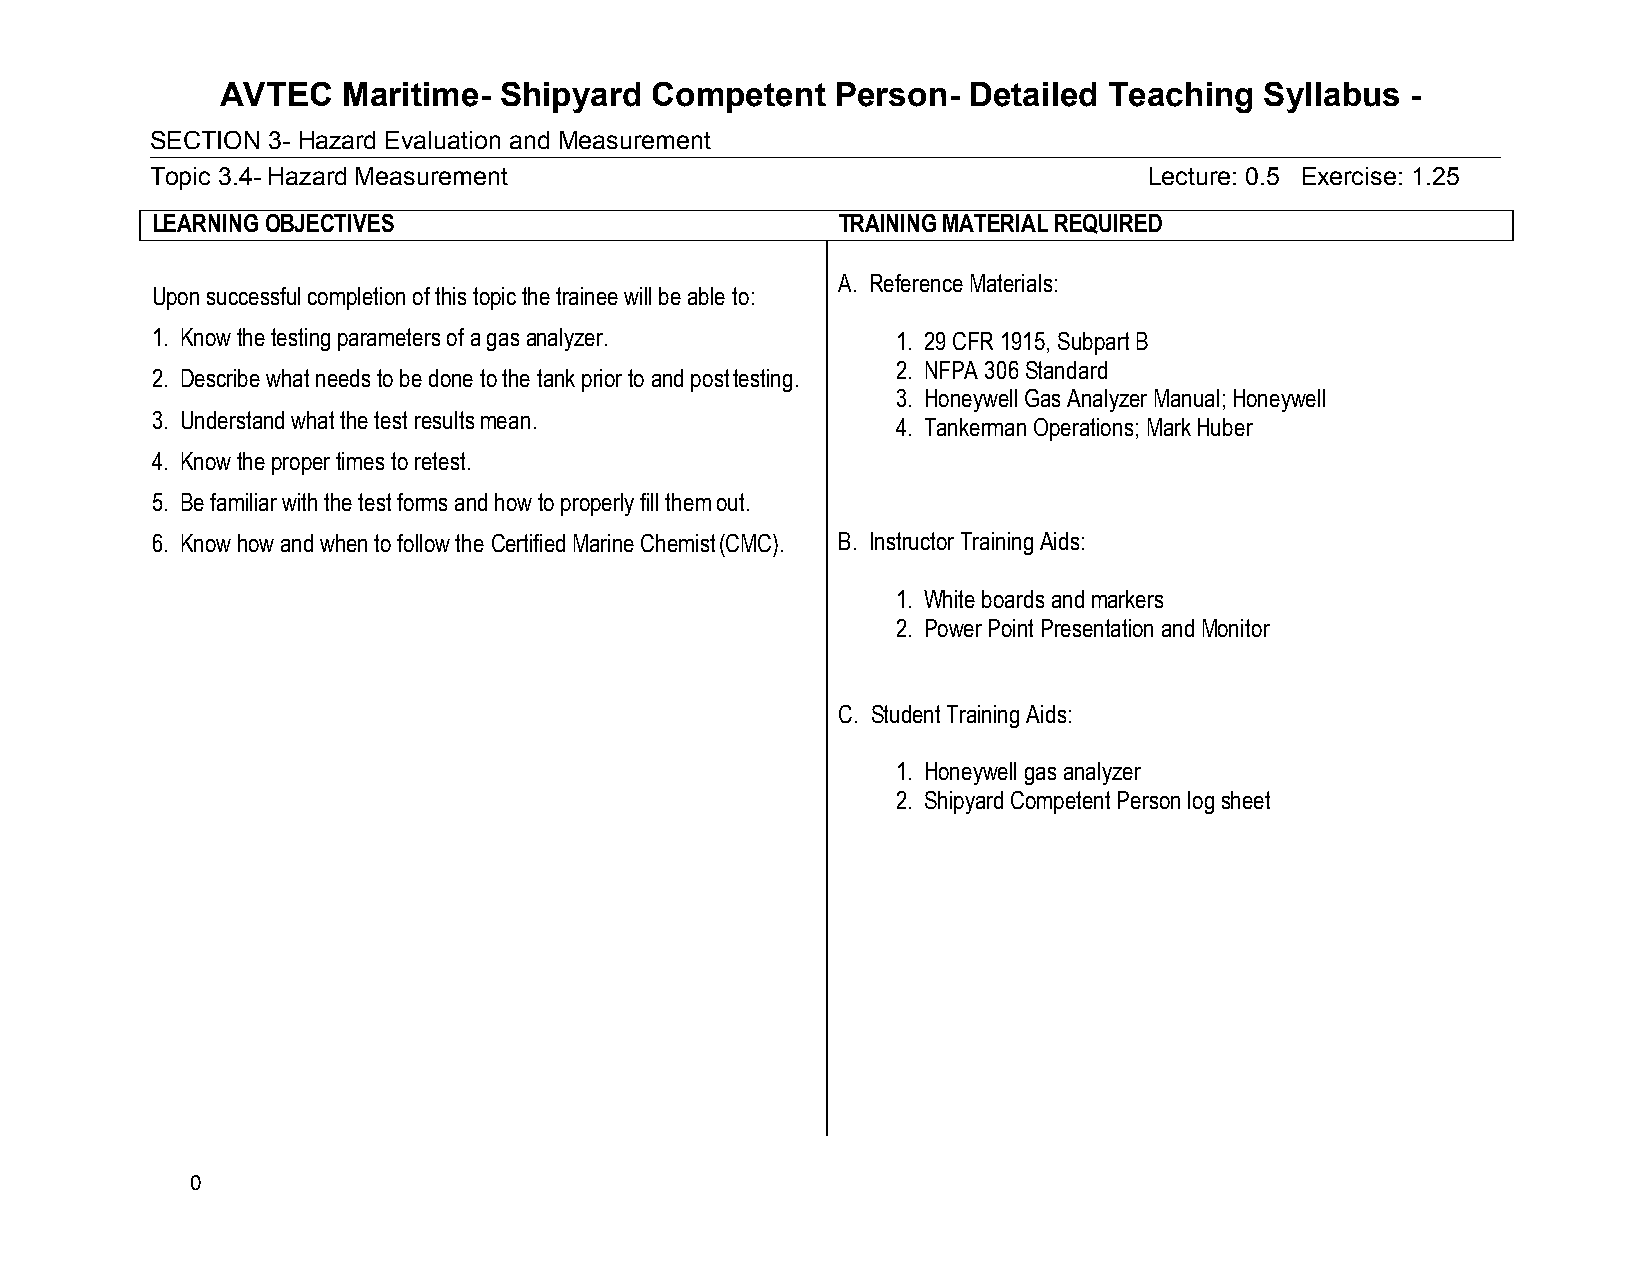
AVTEC   Maritime- Shipyard  Competent   Person-  Detailed Teaching   Syllabus -
 SECTION 3- Hazard Evaluation and Measurement
 Topic 3.4- Hazard Measurement                                     Lecture: 0.5 Exercise: 1.25
 LEARNING OBJECTIVES                          TRAINING MATERIAL REQUIRED
 A. Reference Materials:
 Upon successful completion of this topic the trainee will be able to:
 1. Know the testing parameters of a gas analyzer. 1. 29 CFR 1915, Subpart B
 2. NFPA 306 Standard
 2. Describe what needs to be done to the tank prior to and post testing.
 3. Honeywell Gas Analyzer Manual; Honeywell
 3. Understand what the test results mean.
 4. Tankerman Operations; Mark Huber
 4. Know the proper times to retest.
 5. Be familiar with the test forms and how to properly fill them out.
 6. Know how and when to follow the Certified Marine Chemist (CMC). B. Instructor Training Aids:
 1. White boards and markers
 2. Power Point Presentation and Monitor
 C. Student Training Aids:
 1. Honeywell gas analyzer
 2. Shipyard Competent Person log sheet
 0